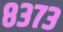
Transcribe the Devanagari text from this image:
८३७३